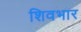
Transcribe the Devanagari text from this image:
शिवभार